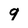
Character: 9